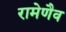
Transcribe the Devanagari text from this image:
रामेणैव